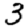
Digit: 3